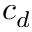
c _ { d }